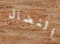
النضال